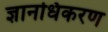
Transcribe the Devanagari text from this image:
ज्ञानधिकरण